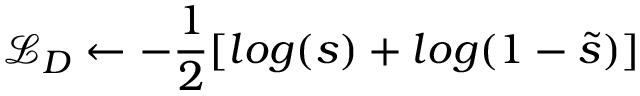
\mathcal { L } _ { D } \gets - \frac { 1 } { 2 } [ l o g ( s ) + l o g ( 1 - \tilde { s } ) ]